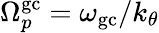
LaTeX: \Omega_{p}^{\mathrm{gc}}=\omega_{\mathrm{gc}}/k_{\theta}